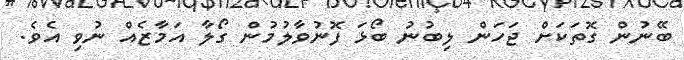
ބޭނުން ގޮތަކަށް ޖަހަން ލިބުނު ބޯޅަ ފޮނުވާލުމުން ގޯލާ އަމާޒެއް ނުވި އެވެ.